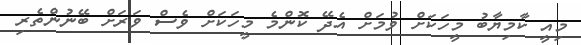
މިއީ ކާމިޔާބު މީހަކަށް ވުމަށް އެދޭ ކޮންމެ މީހަކަށް ވެސް ވަރަށް ބޭނުންތެރި